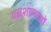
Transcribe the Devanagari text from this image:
यज्ञशालाओं